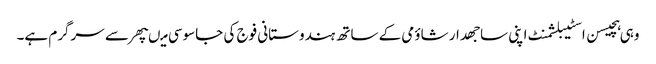
وہی ہچیسن اسٹیبلشمنٹ اپنی ساجھدار شاؤمی کے ساتھ ہندوستانی فوج کی جاسوسی میںپھر سے سرگرم ہے۔